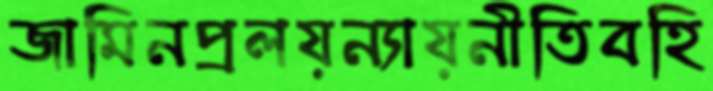
জামিনপ্রলয়ন্যায়নীতিবহি